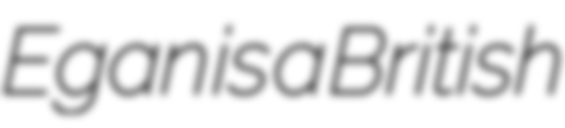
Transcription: Egan is a British